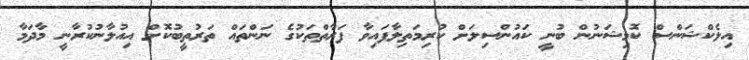
އިލެކްޝަންސް ކޮމިޝަނުން ބުނީ ކައުންސިލަށް ކުރިމަތިލާފައިވާ ފަރާތްތަކުގެ ނަންތައް ތަރުތީބުކޮށް އިއުލާނުކުރާނީ މާދަމާ